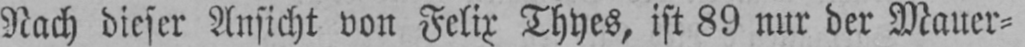
Nach dieser Ansicht von Felix Thyes, ist 89 nur der Mauer⸗